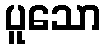
ပူသော